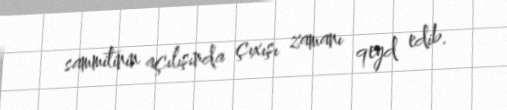
sammitinin açılışında çıxışı zamanı qeyd edib.